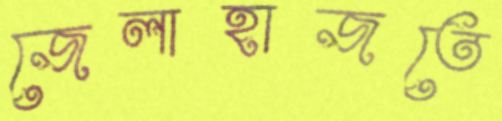
জেলাহাজতে